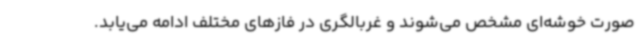
صورت خوشه‌ای مشخص می‌شوند و غربالگری در فازهای مختلف ادامه می‌یابد.